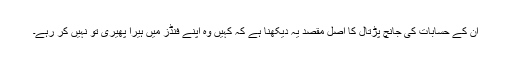
ان کے حسابات کی جانچ پڑتال کا اصل مقصد یہ دیکھنا ہے کہ کہیں وہ اپنے فنڈز میں ہیرا پھیری تو نہیں کر رہے۔